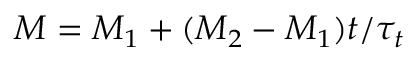
M = M _ { 1 } + ( M _ { 2 } - M _ { 1 } ) t / \tau _ { t }